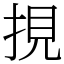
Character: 挸